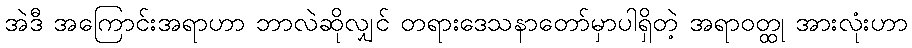
အဲဒီ အကြောင်းအရာဟာ ဘာလဲဆိုလျှင် တရားဒေသနာတော်မှာပါရှိတဲ့ အရာဝတ္ထု အားလုံးဟာ